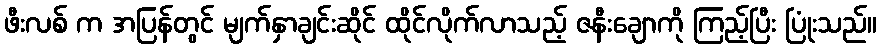
ဖီးလစ် က အပြန်တွင် မျက်နှာချင်းဆိုင် ထိုင်လိုက်လာသည့် ဇနီးချောကို ကြည့်ပြီး ပြုံးသည်။